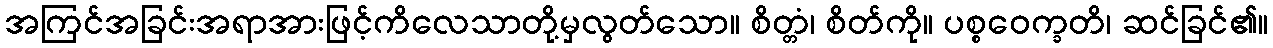
အကြင်အခြင်းအရာအားဖြင့်ကိလေသာတို့မှလွတ်သော။ စိတ္တံ၊ စိတ်ကို။ ပစ္စဝေက္ခတိ၊ ဆင်ခြင်၏။